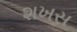
શખસ